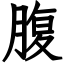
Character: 腹